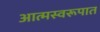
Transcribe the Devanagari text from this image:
आत्मस्वरूपात